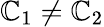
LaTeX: \mathbb{C}_{1}\neq\mathbb{C}_{2}